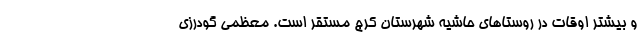
و بیشتر اوقات در روستاهای حاشیه شهرستان کرج مستقر است. معظمی گودرزی